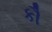
કૌ